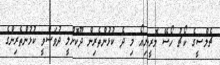
ޗެލްސީގެ ކޯޗު ހޯސޭ މޮރީނިއޯ މި ދެ ކުޅުންތެރިން ދޫކޮށްލީ ދުވަސްވީ ކުޅުންތެރިންގެ